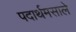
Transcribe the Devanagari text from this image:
पदार्थमसाले